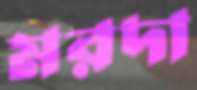
মরদা